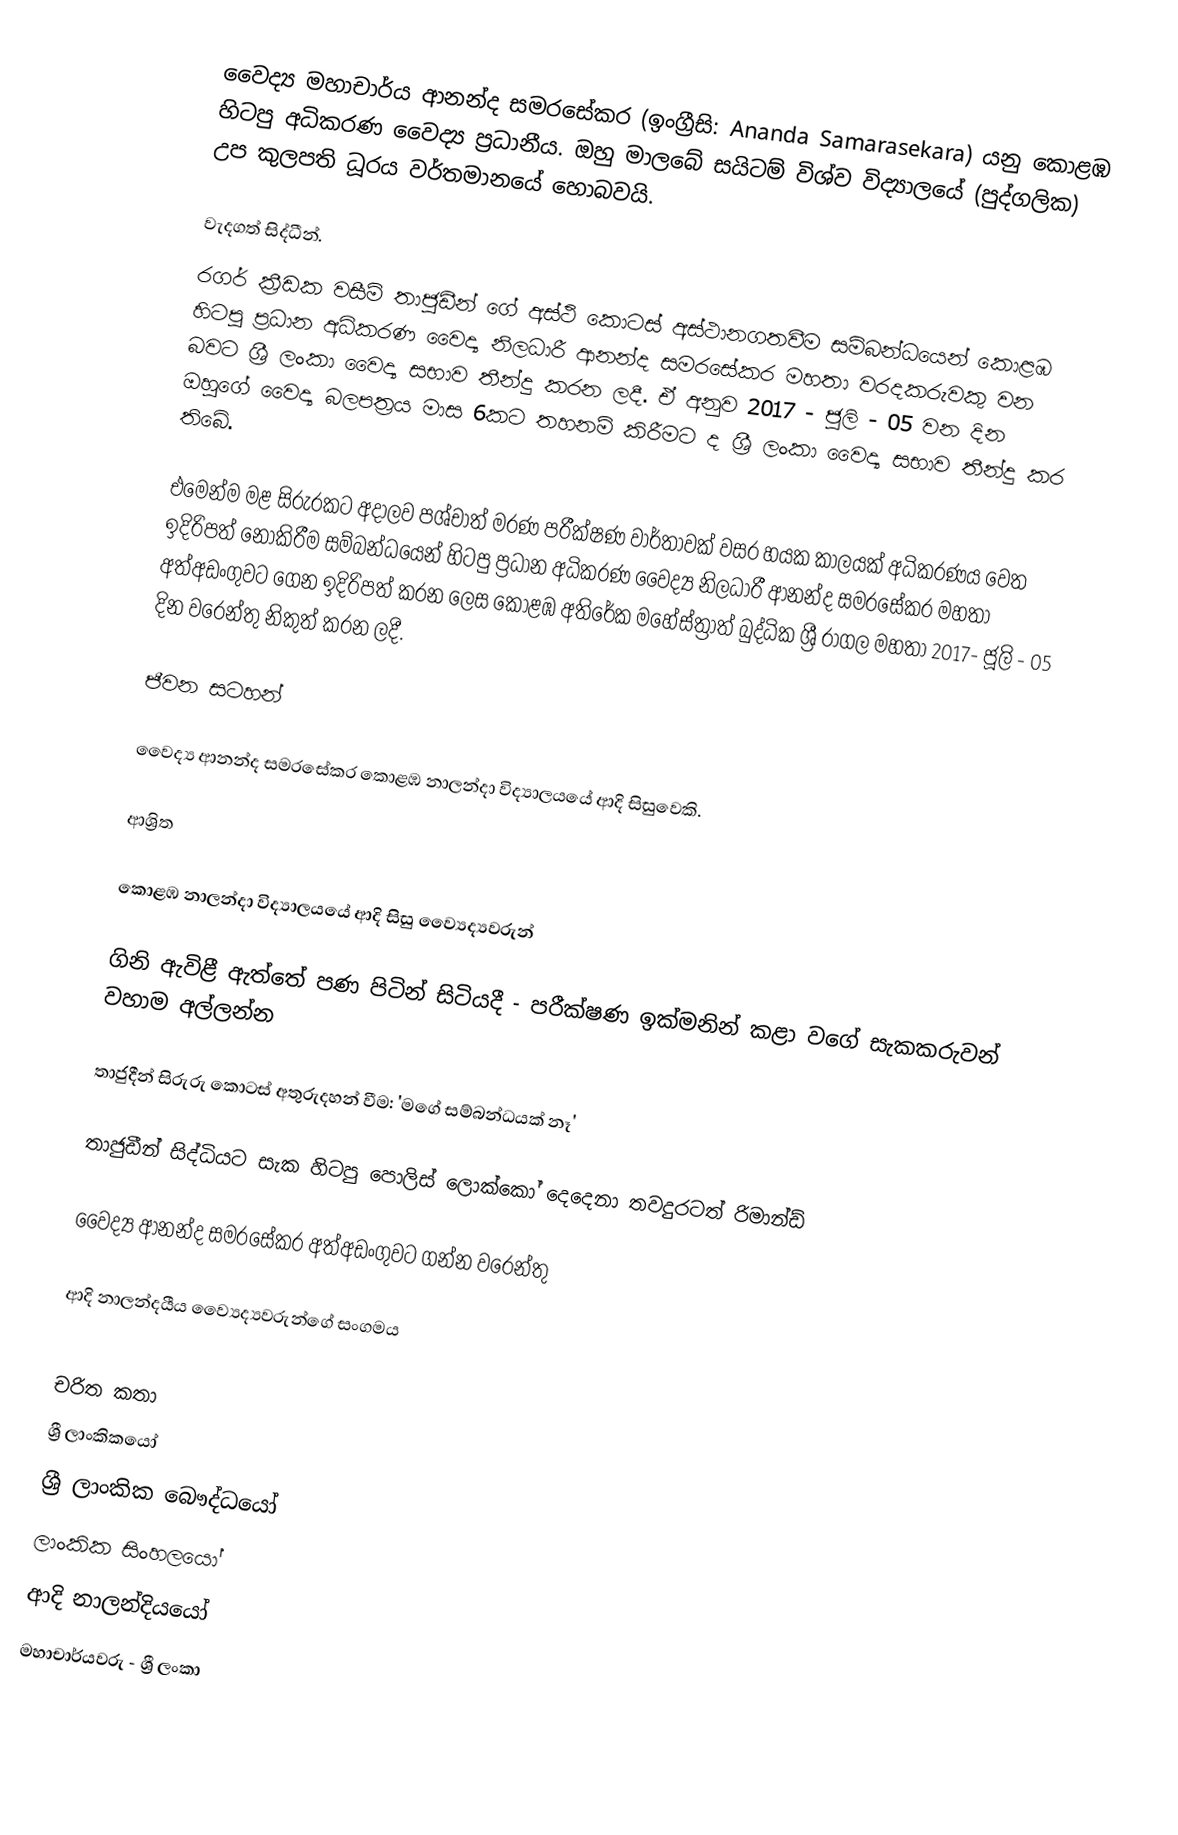
වෛද්‍ය මහාචාර්ය ආනන්ද සමරසේකර (ඉංග්‍රීසි: Ananda Samarasekara) යනු කොළඹ හිටපු අධිකරණ වෛද්‍ය ප්‍රධානීය. ඔහු මාලබේ සයිටම් විශ්ව විද්‍යාලයේ (පුද්ගලික) උප කුලපති ධූරය වර්තමානයේ හොබවයි.

වැදගත් සිද්ධීන්.
රගර් ක්‍රීඩක වසීම් තාජුඩීන් ගේ අස්ථි කොටස් අස්ථානගතවීම සම්බන්ධයෙන් කොළඹ හිටපු ප්‍රධාන අධිකරණ වෛද්‍ය නිලධාරී ආනන්ද සමරසේකර මහතා වරදකරුවකු වන බවට ශ්‍රී ලංකා වෛද්‍ය සභාව තීන්දු කරන ලදී. ඒ අනුව 2017 - ජූලි - 05 වන දින ඔහුගේ වෛද්‍ය බලපත්‍රය මාස 6කට තහනම් කිරීමට ද ශ්‍රී ලංකා වෛද්‍ය සභාව තීන්දු කර තිබේ.

එමෙන්ම මළ සිරුරකට අදාලව පශ්චාත් මරණ පරීක්ෂණ වාර්තාවක් වසර හයක කාලයක් අධිකරණය වෙත ඉදිරිපත් නොකිරීම සම්බන්ධයෙන් හිටපු ප්‍රධාන අධිකරණ වෛද්‍ය නිලධාරී ආනන්ද සමරසේකර මහතා අත්අඩංගුවට ගෙන ඉදිරිපත් කරන ලෙස කොළඹ අතිරේක මහේස්ත්‍රාත් බුද්ධික ශ්‍රී රාගල මහතා 2017- ජූලි - 05 දින වරෙන්තු නිකුත් කරන ලදී.

ජීවන සටහන්

වෛද්‍ය ආනන්ද සමරසේකර කොළඹ නාලන්දා විද්‍යාලයයේ ආදි සිසුවෙකි.

ආශ්‍රිත

 කොළඹ නාලන්දා විද්‍යාලයයේ ආදි සිසු ව්‍යෛද්‍යවරුන්

 ගිනි ඇවිළී ඇත්තේ පණ පිටින් සිටියදී - පරීක්ෂණ ඉක්මනින් කළා වගේ සැකකරුවන් වහාම අල්ලන්න

 තාජුදීන් සිරුරු කොටස් අතුරුදහන් වීම: 'මගේ සම්බන්ධයක් නෑ'

 තාජුඩීන් සිද්ධියට සැක හිටපු පොලිස්‌ ලොක්‌කෝ දෙදෙනා තවදුරටත් රිමාන්ඩ්

 වෛද්‍ය ආනන්ද සමරසේකර අත්අඩංගුවට ගන්න වරෙන්තු

 ආදි නාලන්දයීය ව්‍යෛද්‍යවරුන්ගේ සංගමය

චරිත කතා
ශ්‍රී ලාංකිකයෝ
ශ්‍රී ලාංකික බෞද්ධයෝ
ලාංකික සිංහලයෝ
ආදි නාලන්දියයෝ
මහාචාර්යවරු - ශ්‍රී ලංකා